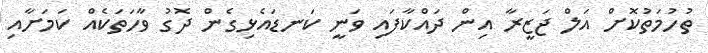
ތުހުމަތުކޮށް އަލް ޖަޒީރާ އިން ދައްކާފައި ވަނީ ކަނޑައެޅިގެން ދޮގު ވާހަތަކެއް ކަމަށާއި